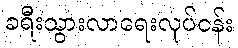
ခရီးသွားလာရေးလုပ်ငန်း